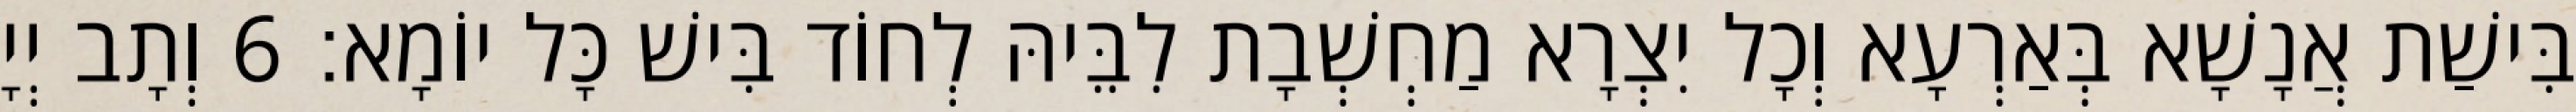
בִּישַׁת אֲנָשָׁא בְּאַרְעָא וְכָל יִצְרָא מַחְשְׁבָת לִבֵּיהּ לְחוֹד בִּישׁ כָּל יוֹמָא׃ 6 וְתָב יְיָ